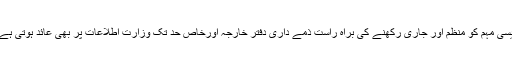
ایسی مہم کو منظم اور جاری رکھنے کی براہ راست ذمے داری دفتر خارجہ اورخاص حد تک وزارت اطلاعات پر بھی عائد ہوتی ہے۔